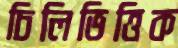
চিলিভিত্তিক